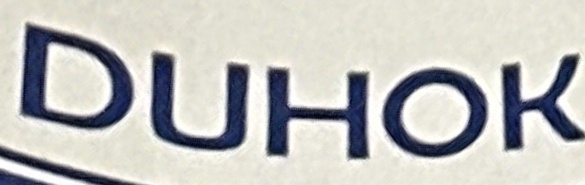
DUHOK